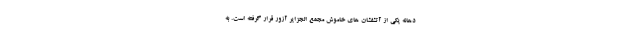
دهانه یکی از آتشفشان های خاموش مجمع الجزایر آزور قرار گرفته است. به